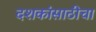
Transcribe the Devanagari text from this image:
दशकांसाठीचा